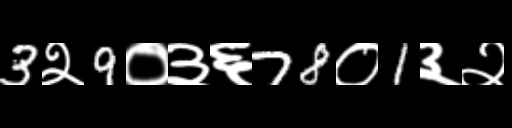
Text: 3२9०३६78०1३२